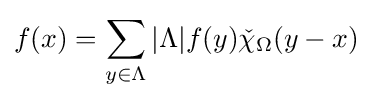
f(x)=\sum _{y\in \Lambda }|\Lambda |f(y){\check {\chi }}_{\Omega }(y-x)